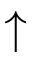
\uparrow